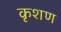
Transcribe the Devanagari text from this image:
कृशण